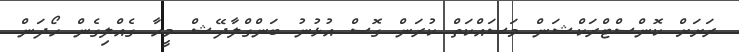
ރަށަށް ކޮންސްޓްރަކްޝަން މަސައްކަތް ކުރަން ގޮސް އުޅުނު ބަންގްލާދޭޝް މީހާ ގެއްލިގެން ހޯދަން